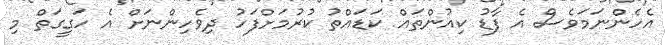
އެހެންނަމަވެސް އެ ފާޑު ކިއުންތައް ކަޑައްތު ކުރުމަށްފަހު ދިވެހިންނަށް އެ ހަގީގަތް މި